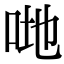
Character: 哋